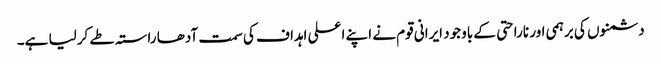
دشمنوں کی برہمی اور ناراحتی کے باوجود ایرانی قوم نے اپنے اعلی اہداف کی سمت آدھا راستہ طے کرلیا ہے۔